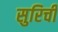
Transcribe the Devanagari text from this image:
सुरिची